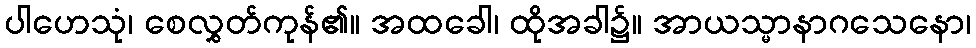
ပါဟေသုံ၊ စေလွှတ်ကုန်၏။ အထခေါ၊ ထိုအခါ၌။ အာယသ္မာနာဂသေနော၊